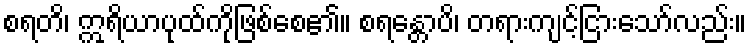
စရတိ၊ ဣရိယာပုထ်ကိုဖြစ်စေ၏။ စရန္တောပိ၊ တရားကျင့်ငြားသော်လည်း။